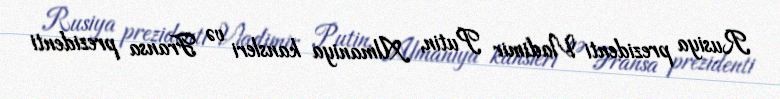
Rusiya prezidenti Vladimir Putin, Almaniya kansleri və Fransa prezidenti